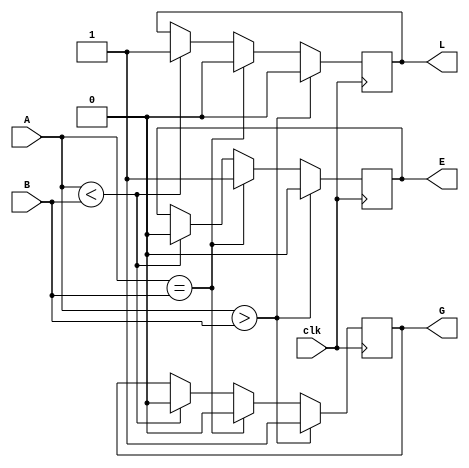
module comparator(clk, A, B, L, G, E);

    input clk;
    input [31:0] A, B;
    output reg L, G, E;
    
    always @ (posedge clk)
    begin
        if(A < B)
        begin
            L <= 1;
            E <= 0;
            G <= 0;
        end
        
        if(A == B)
        begin
            L <= 0;
            E <= 1;
            G <= 0;
        end
        
        if(A > B)
        begin
            L <= 0;
            E <= 0;
            G <= 1;
        end
     end

endmodule